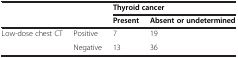
| <COLSPAN=2>  | <COLSPAN=2> Thyroid cancer |
 |  |  | Present | Absent or undetermined |
 | --- | --- | --- | --- |
 | Low-dose chest CT | Positive | 7 | 19 |
 |  | Negative | 13 | 36 |